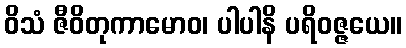
ဝိသံ ဇီဝိတုကာမောဝ၊ ပါပါနိ ပရိဝဇ္ဇယေ။